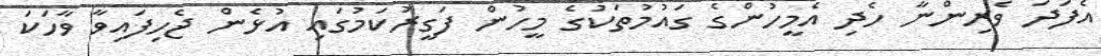
އެފަދަ ވެރިންނާ ހެދި އެމީހުންގެ ގައުމުތަކުގެ މީހުން ފަގީރުކަމުގައި އުޅެން ޖެހިފައިވާ ވާހަކަ